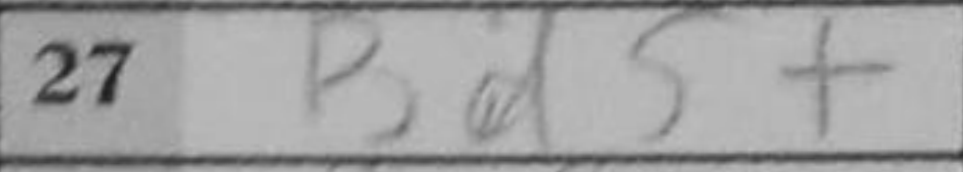
Transcription: Bd5+